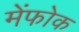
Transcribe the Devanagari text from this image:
मेंफोक